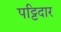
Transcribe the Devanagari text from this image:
पट्टिदार